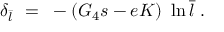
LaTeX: \delta _ { \bar { l } } ~ = ~ - ( G _ { 4 } s - e K ) ~ \ln \bar { l } ~ .